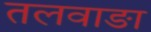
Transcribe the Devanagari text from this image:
तलवाङा